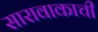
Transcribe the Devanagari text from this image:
सारावाकाची